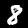
Label: 8